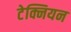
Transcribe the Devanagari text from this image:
टेक्नियन